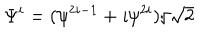
\Psi ^ { i } = ( \psi ^ { 2 i - 1 } + \imath \psi ^ { 2 i } ) / \sqrt 2